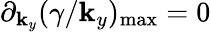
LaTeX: \partial_{\mathbf{k}_{y}}(\gamma/\mathbf{k}_{y})_{\mathrm{{{max}}}}=0